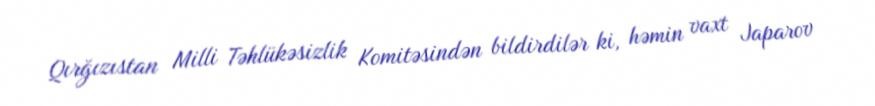
Qırğızıstan Milli Təhlükəsizlik Komitəsindən bildirdilər ki, həmin vaxt Japarov